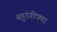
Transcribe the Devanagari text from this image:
बहुरंगीपणा